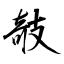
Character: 攲